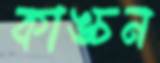
কাঙ্চন